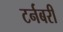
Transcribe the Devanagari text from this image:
टर्नबरी